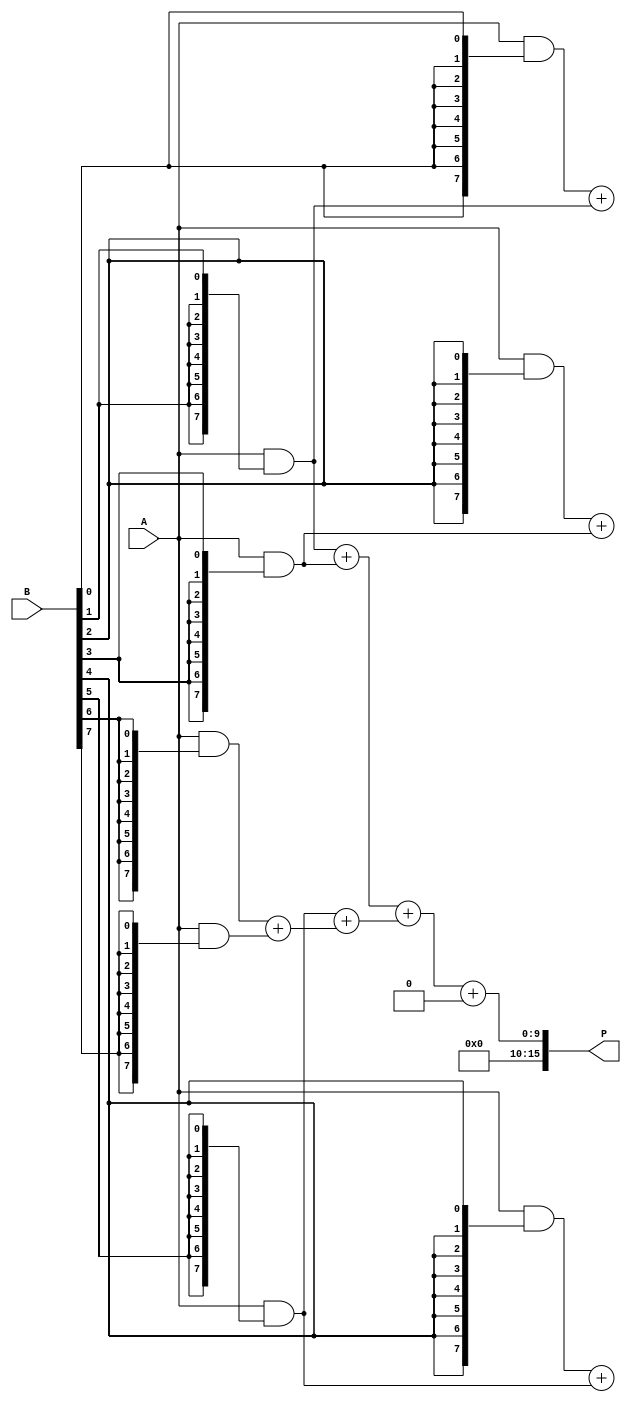
module wallace_tree_multiplier #(parameter A_WIDTH = 8, B_WIDTH = 8) (
    input [A_WIDTH-1:0] A,
    input [B_WIDTH-1:0] B,
    output reg [A_WIDTH + B_WIDTH - 1:0] P
);

    // Generate partial products
    wire [A_WIDTH-1:0] pp[B_WIDTH-1:0]; // Partial products
    genvar i, j;
    generate
        for (i = 0; i < B_WIDTH; i = i + 1) begin : pp_gen
            assign pp[i] = A & {A_WIDTH{B[i]}};
        end
    endgenerate

    // Wallace tree reduction
    wire [A_WIDTH + B_WIDTH - 1:0] sum [0:2*A_WIDTH-1]; // Intermediate sums
    wire [A_WIDTH + B_WIDTH - 1:0] carry [0:2*A_WIDTH-1]; // Intermediate carries

    // Stage 1: Group and reduce partial products
    wire [A_WIDTH-1:0] stage1_sum [0:B_WIDTH/2-1];
    wire [A_WIDTH-1:0] stage1_carry [0:B_WIDTH/2-1];

    generate
        for (i = 0; i < B_WIDTH; i = i + 1) begin : stage1
            if (i % 2 == 0 && i + 1 < B_WIDTH) begin
                // Full adder
                assign {stage1_carry[i/2], stage1_sum[i/2]} = pp[i] + pp[i + 1];
            end else if (i % 2 == 1 && i + 1 < B_WIDTH) begin
                // Pass through for odd indices
                assign stage1_sum[i/2] = pp[i];
                assign stage1_carry[i/2] = 0;
            end
        end
    endgenerate

    // Stage 2: Further reduction
    wire [A_WIDTH-1:0] stage2_sum [0:(B_WIDTH/2)/2-1];
    wire [A_WIDTH-1:0] stage2_carry [0:(B_WIDTH/2)/2-1];

    generate
        for (i = 0; i < B_WIDTH/2; i = i + 2) begin : stage2
            if (i + 1 < B_WIDTH/2) begin
                assign {stage2_carry[i/2], stage2_sum[i/2]} = stage1_sum[i] + stage1_sum[i + 1];
            end else begin
                assign stage2_sum[i/2] = stage1_sum[i];
                assign stage2_carry[i/2] = 0;
            end
        end
    endgenerate

    // Final addition
    wire [A_WIDTH + B_WIDTH - 1:0] final_sum;
    wire [A_WIDTH + B_WIDTH - 1:0] final_carry;

    assign {final_carry, final_sum} = stage2_sum[0] + stage2_sum[1];

    // Output the final product
    always @(*) begin
        P = final_sum + final_carry;
    end

endmodule